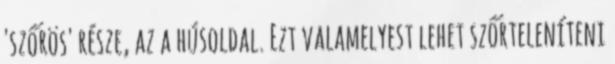
'szőrös' része, az a húsoldal. Ezt valamelyest lehet szőrteleníteni